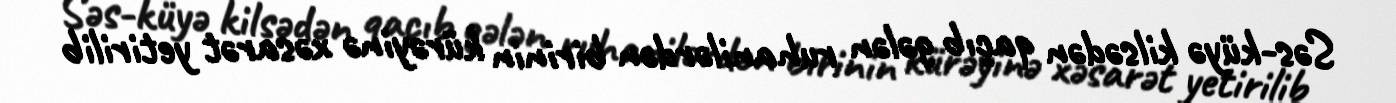
Səs-küyə kilsədən qaçıb gələn ruhanilərdən birinin kürəyinə xəsarət yetirilib